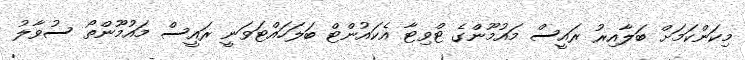
މިކަންކަމަށް ބަލާއިރު ރައީސް މައުމޫންގެ ޓްވިޓާ އެކައުންޓް ބަލަހައްޓަވަނީ ރައީސް މައުމޫންތޯ ސުވާލު